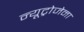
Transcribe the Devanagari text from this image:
न्यूट्रोजेना